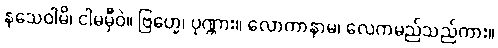
နသေဝါမိ၊ ငါမမှီဝဲ။ ဗြဟ္မေ၊ ပုဏ္ဏား။ လောကာနာမ၊ လေကမည်သည်ကား။